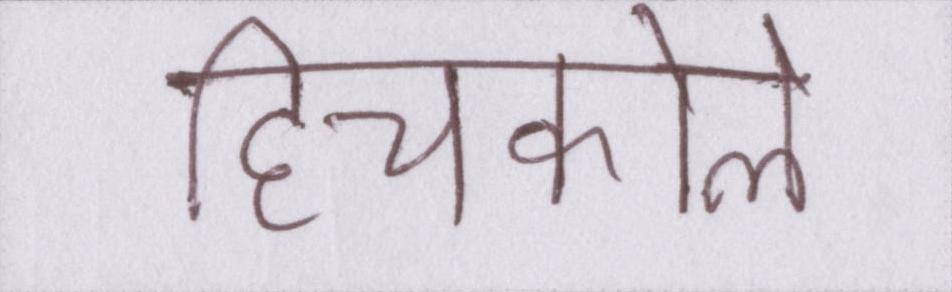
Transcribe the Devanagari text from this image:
हिचकोले